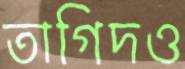
তাগিদও